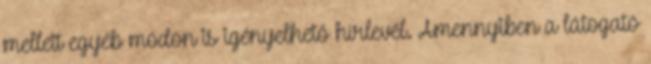
mellett egyéb módon is igényelhető hírlevél. Amennyiben a látogató